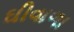
ઘીવાળા